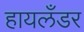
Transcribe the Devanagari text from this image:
हायलँडर